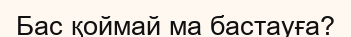
Бас қоймай ма бастауға?